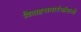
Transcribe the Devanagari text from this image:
विवाहसमारंभांमध्ये